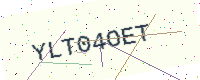
Text: YLT04OET